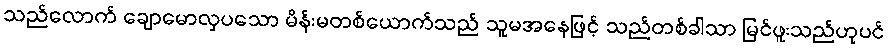
သည်လောက် ချောမောလှပသော မိန်းမတစ်ယောက်သည် သူမအနေဖြင့် သည်တစ်ခါသာ မြင်ဖူးသည်ဟုပင်